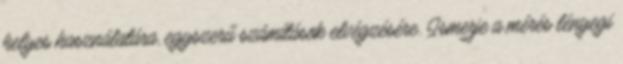
helyes használatára, egyszerű számítások elvégzésére. Ismerje a mérés lényegi